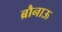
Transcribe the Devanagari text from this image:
ब्रौनाऊ